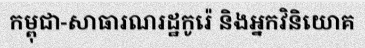
កម្ពុជា-សាធារណរដ្ឋកូរ៉េ និងអ្នកវិនិយោគ